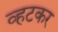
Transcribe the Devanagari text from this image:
व्हटकर